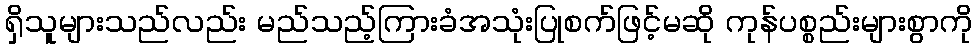
ရှိသူများသည်လည်း မည်သည့်ကြားခံအသုံးပြုစက်ဖြင့်မဆို ကုန်ပစ္စည်းများစွာကို